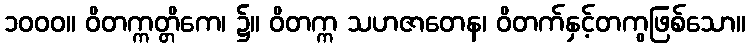
၁၀၀၀။ ဝိတက္ကတ္တိကေ၊ ၌။ ဝိတက္က သဟဇာတေန၊ ဝိတက်နှင့်တကွဖြစ်သော။